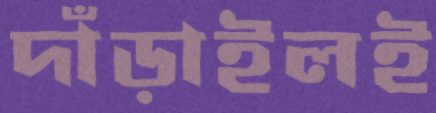
দাঁড়াইলই